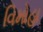
વિમોહા